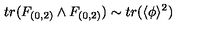
t r ( F _ { ( 0 , 2 ) } \wedge F _ { ( 0 , 2 ) } ) \sim t r ( \langle \phi \rangle ^ { 2 } )